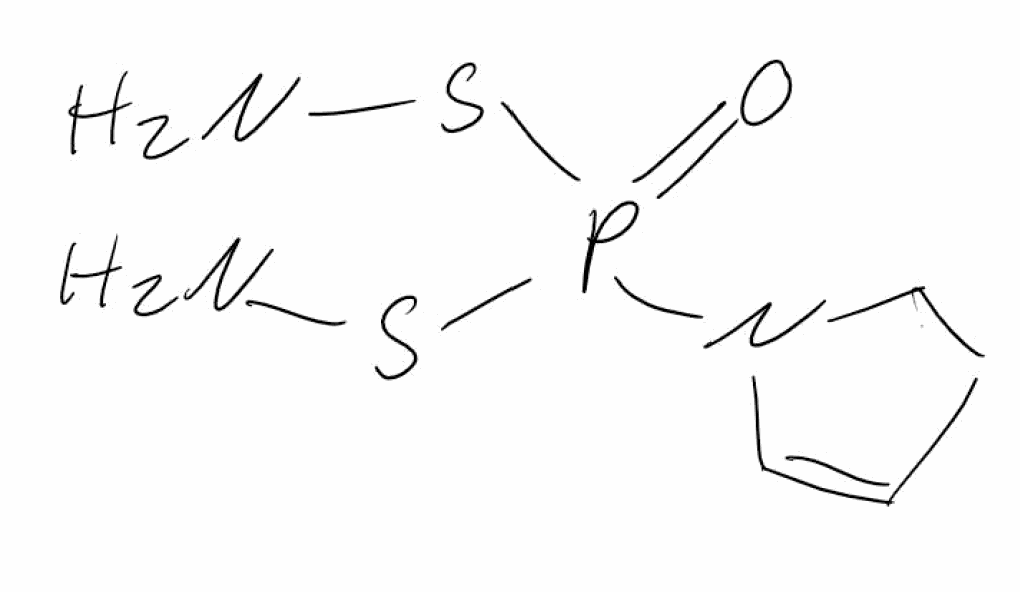
Simplified molecular-input line-entry system (SMILES) notation of the given molecule:
C1CN(C=C1)P(=O)(SN)SN